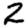
Digit: 2